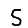
Digit: 5